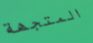
المتجهة